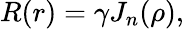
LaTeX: R(r)=\gamma J_{n}(\rho),